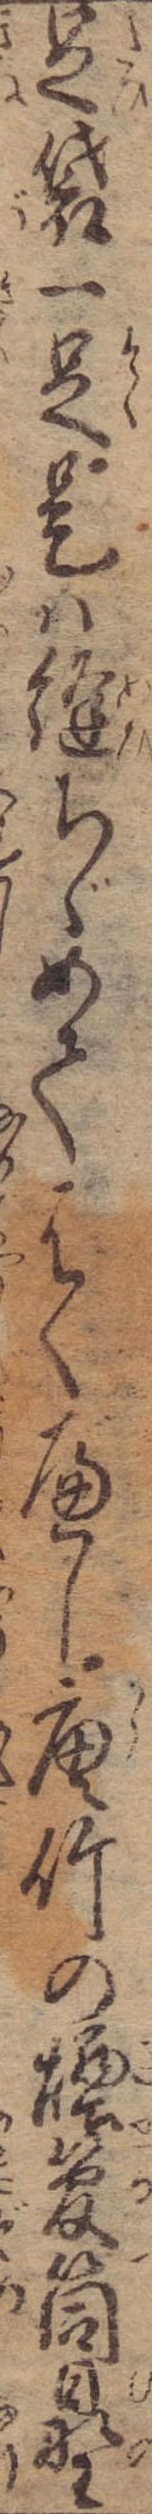
足袋一足是は縫ちゞめてはくべし唐竹の煙管筒日野